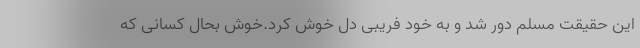
این حقیقت مسلم دور شد و به خود فریبی دل خوش کرد.خوش بحال کسانی که